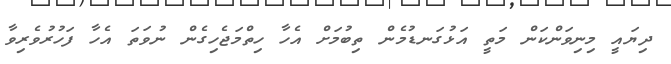
ދިޔައީ މިނިވަންކަން މަތީ އަޅުގަނޑުމެން ތިބުމަށް އެހާ ހިތްމަޖެހިގެން ނުވަތަ އެހާ ފަހުރުވެރިވާ